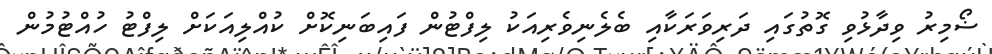
ޟޯމިރު ވިދާޅުވި ގޮތުގައި ދަރިވަރަކާއި ބެލެނިވެރިއަކު ލިފްޓުން ފައިބަނިކޮށް ކުއްލިއަކަށް ލިފްޓު ހުއްޓުމުން